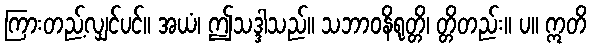
ကြားတည့်လျှင်ပင်။ အယံ၊ ဤသဒ္ဒါသည်။ သဘာဝနိရုတ္တိ၊ တ္တိတည်း။ ပ။ ဣတိ